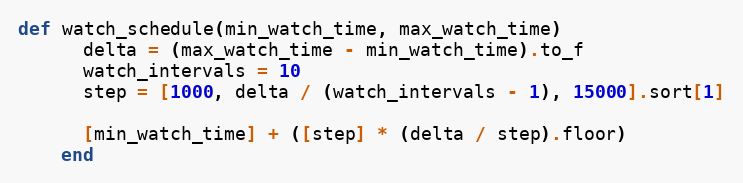
Language: Ruby
def watch_schedule(min_watch_time, max_watch_time)
      delta = (max_watch_time - min_watch_time).to_f
      watch_intervals = 10
      step = [1000, delta / (watch_intervals - 1), 15000].sort[1]

      [min_watch_time] + ([step] * (delta / step).floor)
    end